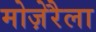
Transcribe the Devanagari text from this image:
मोज़ेरैला